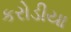
કરોડીયા